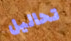
تحاليل